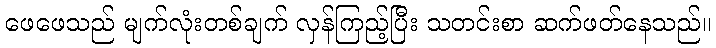
ဖေဖေသည် မျက်လုံးတစ်ချက် လှန်ကြည့်ပြီး သတင်းစာ ဆက်ဖတ်နေသည်။